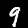
Label: 9